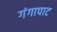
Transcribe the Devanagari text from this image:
गंगापाट